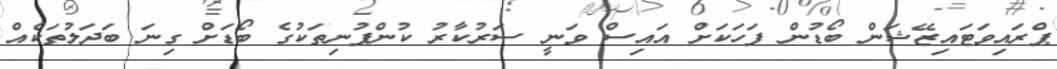
ޕްރައިވަޓައިޒޭޝަން ބޯޑުން ފަހަކަށް އައިސް ވަނީ ސަރުކާރު ކުންފުނިތަކުގެ ބޯޑަށް ގިނަ ބަދަލުތަކެއް